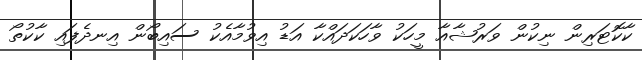
ކާކޮޓަރިން ނިކުން ވަރުޝާއާ މީހަކު ވާހަކަދައްކާ އަޑު އިވުމާއެކު ސައިބޯން އިނދެފައި ކާކުތޯ